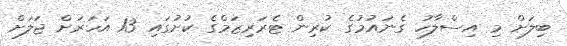
ބިލަށް މި އިސްލާހު ގެނައުމުގެ ކުރިން ޓެރަރިޒަމްގެ ކުށުގައި 13 އަހަރަށް ޖަލަށް